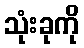
သုံးခုကို